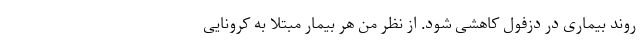
روند بیماری در دزفول کاهشی شود. از نظر من هر بیمار مبتلا به کرونایی